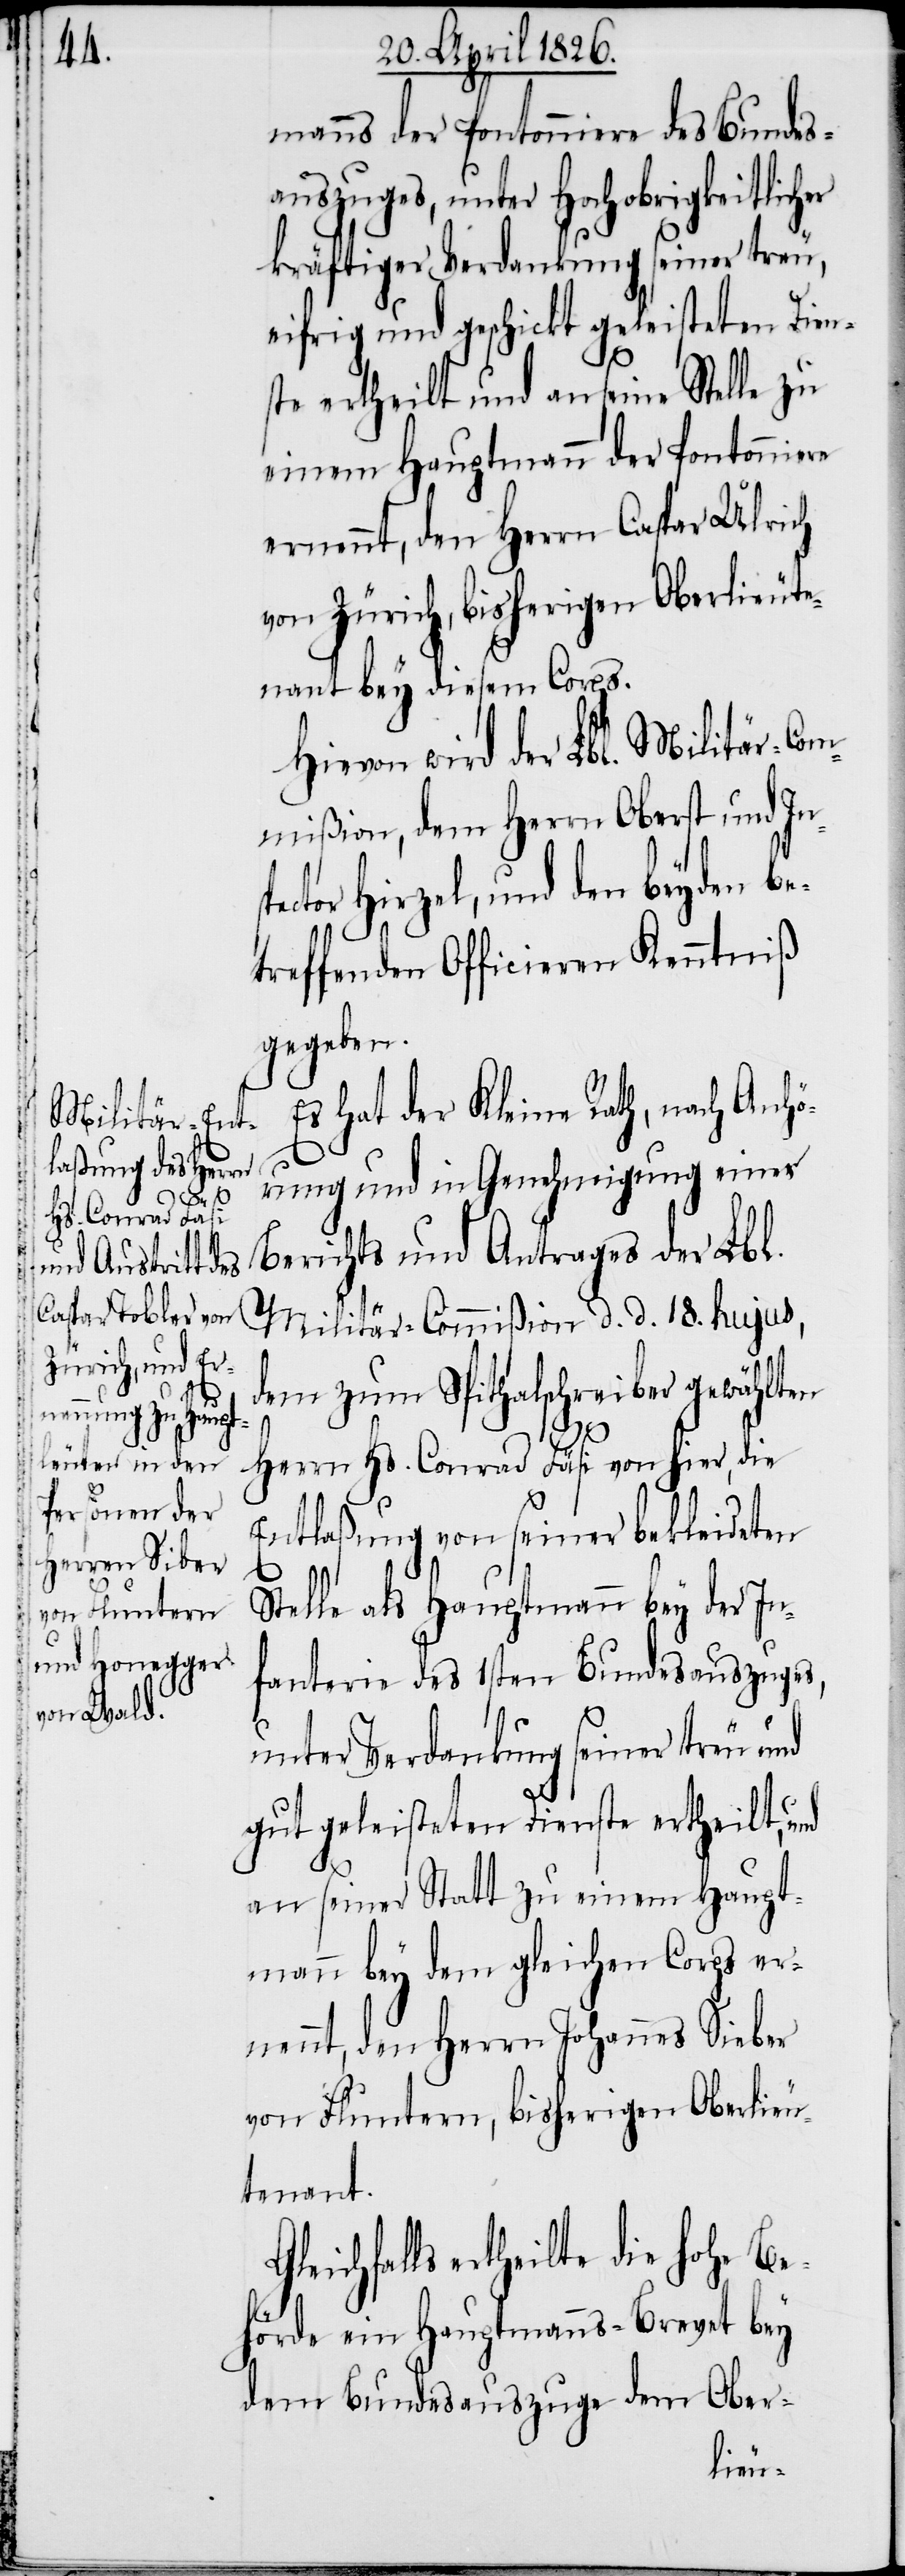
sp¬
G¬

bey der Pontonniere des Bundes¬
auszuges, unter Hochobrigkeitlicher
kräftiger Verdankung seiner treu,
eifrig und geschickt geleisteten Dien¬
st ertheilt und an seine Stelle zu
einem Hauptmann der Pontonniere
ernennt, den Herrn Caspar Ulrich
von Zürich, bisherigen Oberlieute¬
nant bey diesem Corps.
Hievon wird der Lbl. Militär-Com¬
mißion, dem Herrn Oberst und In¬
ector Hirzel, und den beyden be¬
treffenden Officieren Kenntniß
gegeben.
Es hat der Kleine Rath, nach Anhö¬
rung und in Genehmigung eines
Berichts und Antrages der Lbl.
Militär-Commißion d. d. 18. hujus,
dem zum Spithalschreiber gewählten
Herrn Hs. Conrad Fäsi von hier, die
Entlaßung von seiner bekleideten
Stelle als Hauptmann bey der In¬
fanterie des 1sten Bundesauszuges,
unter Verdankung seiner treu und
gut geleisteten Dienste ertheilt, und
an seiner Statt zu einem Haupt¬
mann bey dem gleichen Corps er¬
nennt, den Herrn Johannes Sieber
von Fluntern, bisherigen Oberlieu¬
tenant.
leichfalls ertheilte die hohe Be¬
hörde ein Hauptmanns-Brevet bey
dem Bundesauszuge dem Ober-